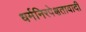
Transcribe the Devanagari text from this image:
धर्मनिरपेक्षतावादी